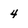
Character: 4